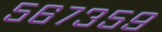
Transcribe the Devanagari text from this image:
५६७३५९